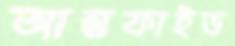
আন্তুফাইভ